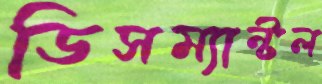
ডিসম্যান্টল